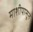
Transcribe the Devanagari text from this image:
माशीपासून